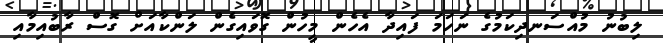
ލިބުނު މުއްސަނދިކަމުގެ ނަހަަމަ ފައިދާ އެހެން މީހުން ގޮވައިގެން ލަންކާއަށް ގޮސް ރާބުއިމާއި